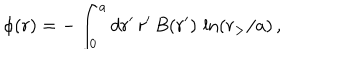
\phi ( r ) = - \int _ { 0 } ^ { a } d r ^ { \prime } \, r ^ { \prime } \, B ( r ^ { \prime } ) \, \ln ( r _ { > } / a ) \, ,